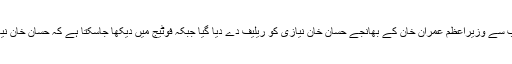
نجی ٹی وی کے مطابق پنجاب پولیس کی جانب سے وزیراعظم عمران خان کے بھانجے حسان خان نیازی کو ریلیف دے دیا گیا جبکہ فوٹیج میں دیکھا جاسکتا ہے کہ حسان خان نیازی بھی پی آئی سی پر حملے میں شامل تھے۔